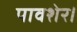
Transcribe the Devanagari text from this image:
पावशेर।